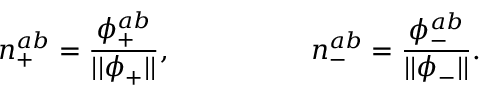
n _ { + } ^ { a b } = \frac { \phi _ { + } ^ { a b } } { | | \phi _ { + } | | } , \quad \quad \quad \quad \quad n _ { - } ^ { a b } = \frac { \phi _ { - } ^ { a b } } { | | \phi _ { - } | | } .